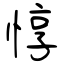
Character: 惇